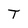
Character: T